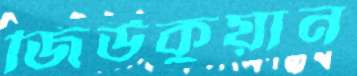
জিউকুয়ান